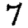
Digit: 7